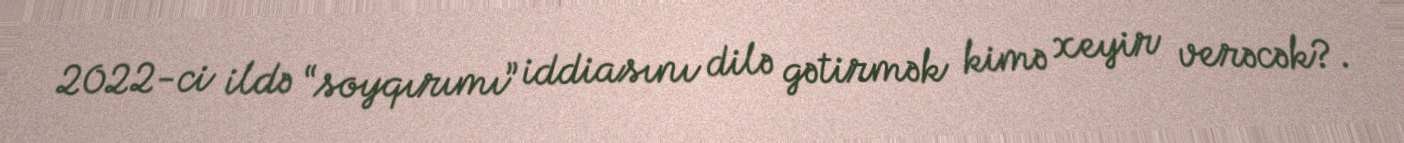
2022-ci ildə “soyqırımı” iddiasını dilə gətirmək kimə xeyir verəcək?.